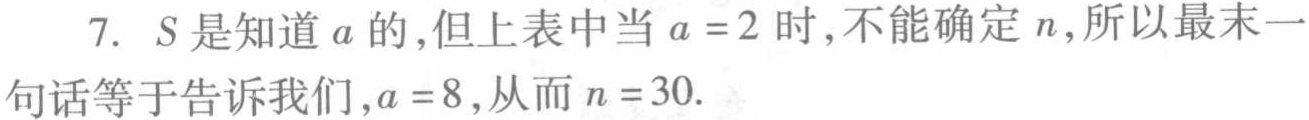
7. \(S\)是知道\(a\)的,但上表中当\(a = 2\)时,不能确定\(n\),所以最末一句 话等于告诉我们,\(a = 8\),从而\(n = 30\).